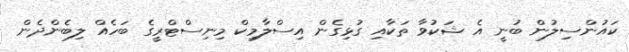
ކައުންސިލުން ބުނީ އެ ޝަކުވާ ތަކާއި ގުޅިގެން އިސްލާމިކް މިނިސްޓްރީގެ ބަހެއް ލިބެންދެން